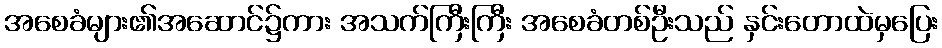
အစေခံများ၏အဆောင်၌ကား အသက်ကြီးကြီး အစေခံတစ်ဦးသည် နှင်းတောထဲမှပြေး